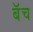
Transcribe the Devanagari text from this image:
बॅच